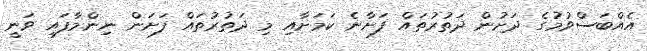
އެއްބަސްވުމުގެ ދަށުން ދަތުރުތައް ފަށާނެ ކަމަށާއި މި ދަތުރުތައް ފަށަން ނިންމާފައި ވަނީ